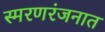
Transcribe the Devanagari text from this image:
स्मरणरंजनात